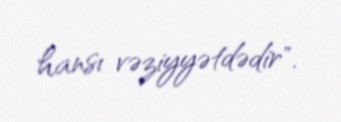
hansı vəziyyətdədir".